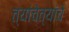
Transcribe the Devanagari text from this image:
त्यांचेत्यांचे